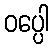
ဝပ္ပေါ